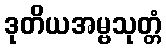
ဒုတိယအမ္ဗသုတ္တံ